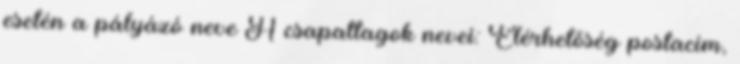
esetén a pályázó neve A csapattagok nevei: Elérhetőség postacím,